system: You are a helpful assistant.
user:
Analyze the provided spectrum to determine if it is a **"Cataclysmic Variables (CV)"**.

- **Key Indicators for CV (Check for either state):**
    - **State 1: Quiescent / Low-State (Emission-Dominated)**
        - **(Primary):** Strong and *very broad* Hydrogen Balmer emission lines (e.g., $H\alpha$ at 6563 Å, $H\beta$ at 4861 Å). The 'broadness' (high velocity dispersion, often FWHM > 1000 km/s) is the key diagnostic, indicating a high-velocity accretion disk.
        - **(Secondary):** Broad neutral Helium (He I) emission lines (e.g., 5876 Å, 6678 Å).
        - **(Key Confirmation):** Presence of high-excitation *ionized* Helium (He II) emission at 4686 Å. This is a strong indicator of accretion onto a white dwarf.
        - **(Line Profile):** Emission lines may exhibit a 'double-peaked' profile, which is a classic signature of a rotating accretion disk viewed at high inclination.

    - **State 2: Outburst / High-State (Absorption-Dominated)**
        - **(Primary):** Spectrum is dominated by a bright, blue continuum (looks like a hot star).
        - **(Secondary):** The emission lines from State 1 are weak, absent, or 'filled in', and are replaced by broad, shallow *absorption* lines (primarily Balmer and He I).
        - **(Morphology):** The overall spectrum mimics a hot B/A-type star. The crucial difference is that the absorption lines are significantly broader, shallower, and more 'washed-out' (or 'smeared') than the sharp lines of a normal stellar photosphere, due to high rotational speeds and pressure broadening in the disk.

Think first, call **spectral_visualization_tool** if needed to examine features in detail, then provide your final answer. Your response must adhere to the following strict rules:
1.  **Overall Structure:** Your response must follow the format `<think>...</think> <tool_call>...</tool_call> (if a tool is used) <answer>...</answer>`.
2.  **Tool Usage Constraint:** You may only make **one** tool call per turn.
3.  **Final Answer Format:** In the `<answer>` tag, your conclusion must be inside a `\boxed{}` command (e.g., `\boxed{YES}`), followed by your justification.

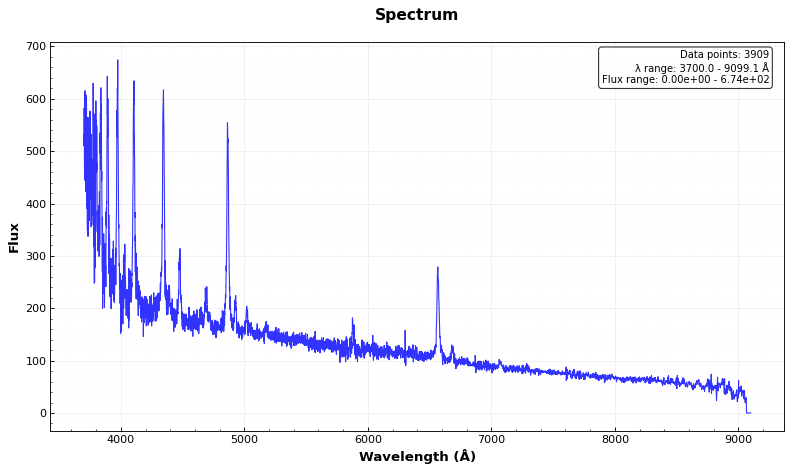
Answer: YES